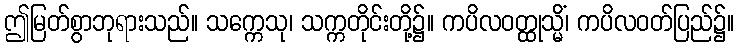
ဤမြတ်စွာဘုရားသည်။ သက္ကေသု၊ သက္ကတိုင်းတို့၌။ ကပိလဝတ္ထုသ္မိံ၊ ကပိလဝတ်ပြည်၌။